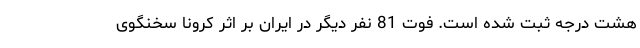
هشت درجه ثبت شده است. فوت 81 نفر دیگر در ایران بر اثر کرونا سخنگوی